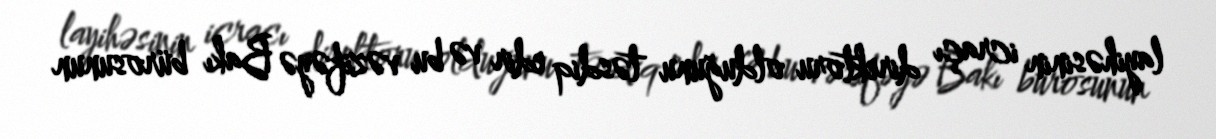
layihəsinin icraçı direktoru olduğunu təsdiq edir və bu vəzifəyə Bakı bürosunun